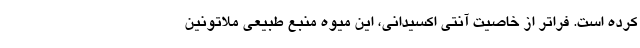
کرده است. فراتر از خاصیت آنتی اکسیدانی، این میوه منبع طبیعی ملاتونین